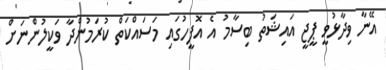
އޭނާ ވިދާޅުވީ ޕީޖީ އައިޝަތު ބިސާމު އެ އޮފީހުގައި މަސައްކަތް ކުރަމުންދާ ވަކީލުންނަށް